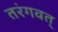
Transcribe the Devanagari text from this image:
तरंगवत्